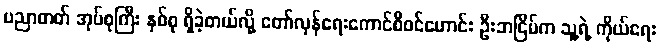
ပညာတတ် အုပ်စုကြီး နှစ်စု ရှိခဲ့တယ်လို့ တော်လှန်ရေးကောင်စီဝင်ဟောင်း ဦးဘငြိမ်က သူ့ရဲ့ ကိုယ်ရေး